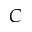
C